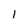
Character: l